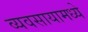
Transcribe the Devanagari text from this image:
व्यवसायामध्ये